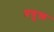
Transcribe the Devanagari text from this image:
प्रयु्क्त